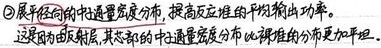
\textcircled{2}展平径向的中子通量密度分布，提高反应堆的平均输出功率。这是因为加反射层后，其芯部的中子通量密度分布比裸堆的分布更加平坦。